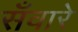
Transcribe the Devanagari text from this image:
सँवारे